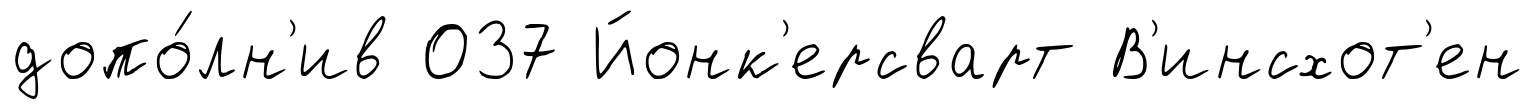
допо́лн'ив 037 Йонк'ерсварт В'инсхот'ен